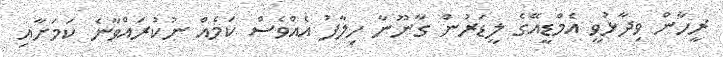
ރީހާން ވިދާޅުވީ އެމްޑީއޭގެ ލީޑަރުން ގާނޫނާ ހިލާފު އެއްވެސް ކަމެއް ނުކުރައްވާނެ ކަމަށާއި